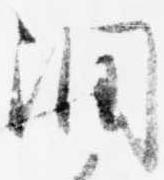
潤